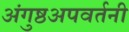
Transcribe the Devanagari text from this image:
अंगुष्ठअपवर्तनी